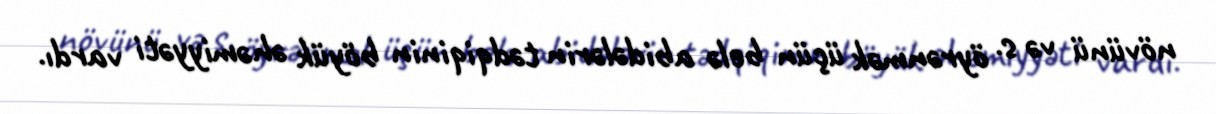
növünü və s. öyrənmək üçün belə abidələrin tədqiqinin böyük əhəmiyyəti vardı.